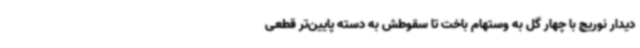
دیدار نوریچ با چهار گل به وستهام باخت تا سقوطش به دسته پایین‌تر قطعی